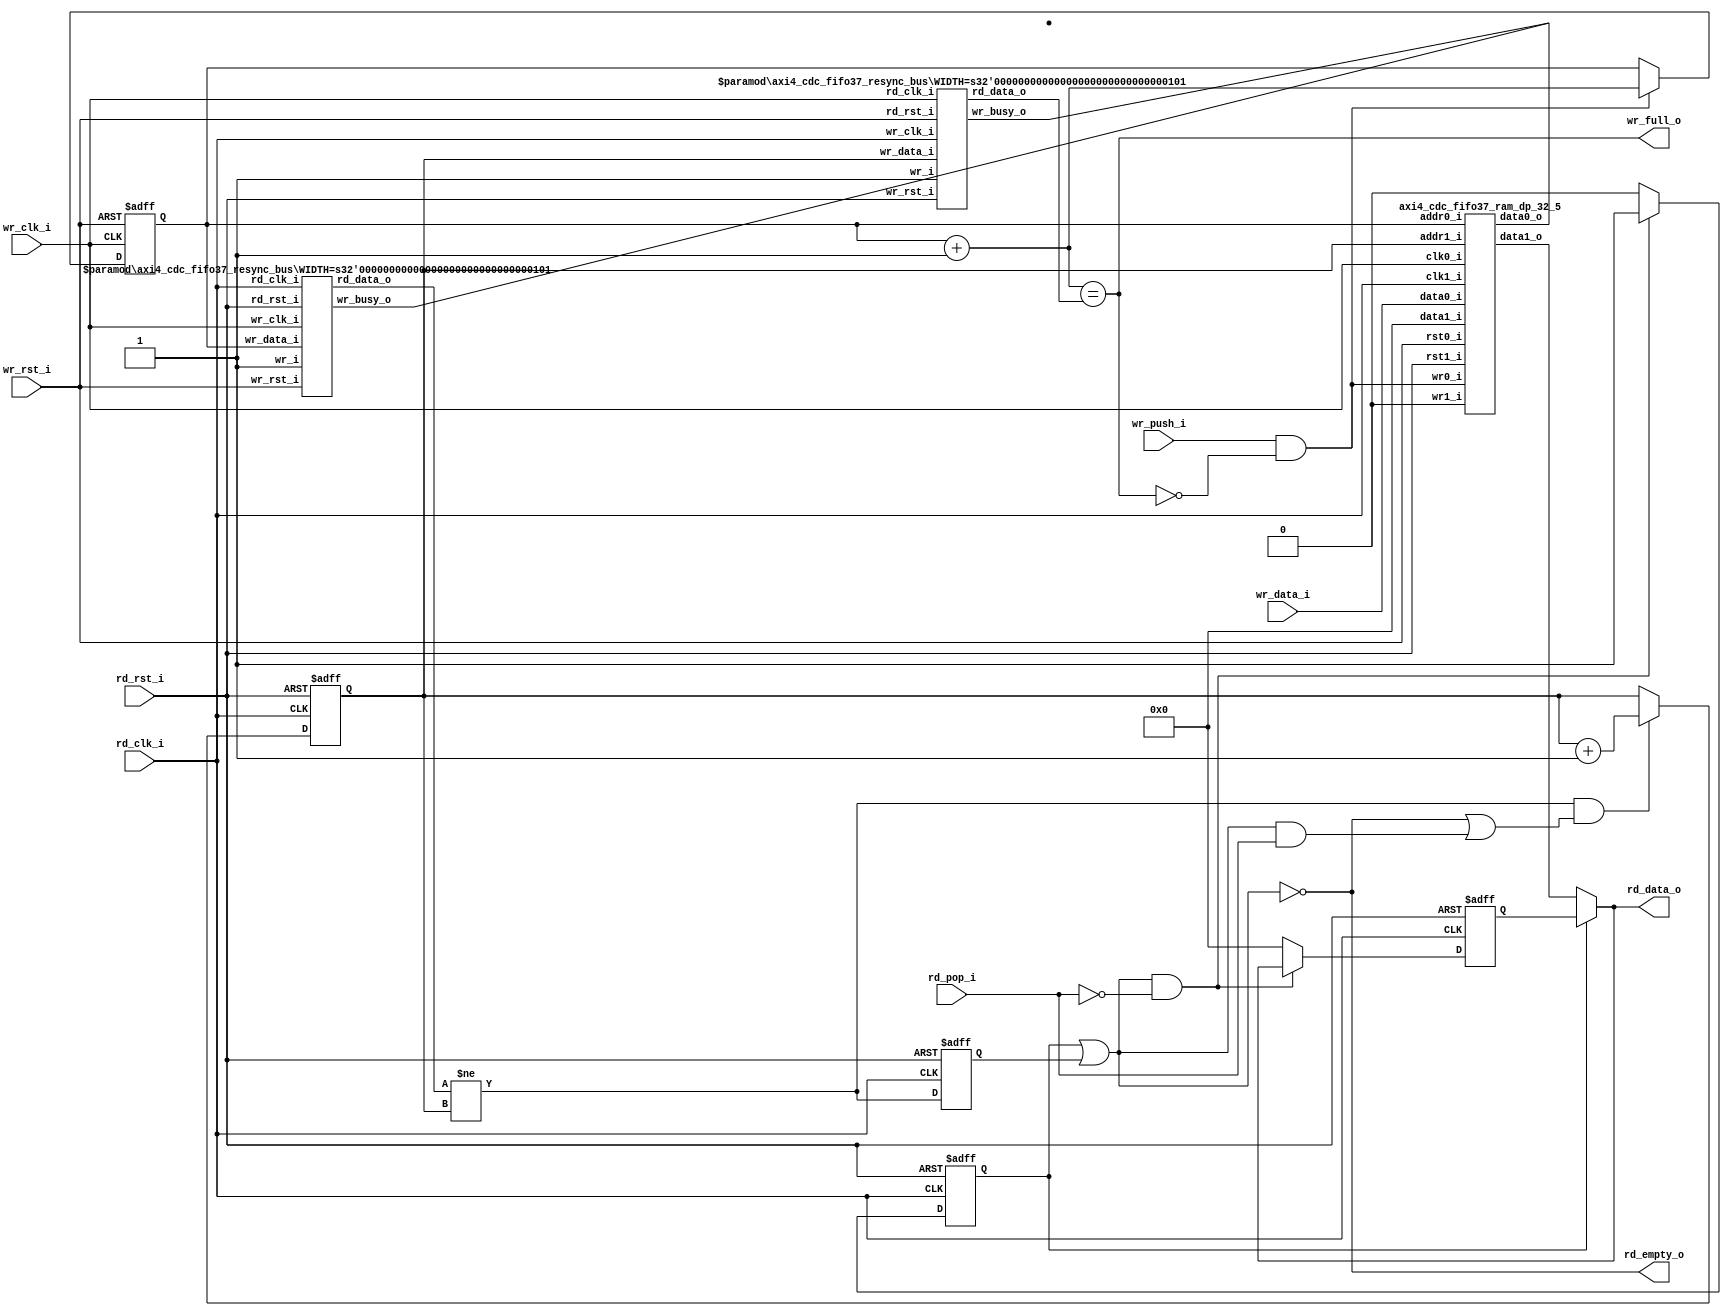
//-----------------------------------------------------------------
//                         open-logic-bit
//                            V0.1
//                        Copyright 2021
//              github.com/ultraembedded/openlogicbit
//
//                   admin@ultra-embedded.com
//
//                     License: Apache 2.0
//-----------------------------------------------------------------
// Copyright 2021 Ultra-Embedded.com
// 
// Licensed under the Apache License, Version 2.0 (the "License");
// you may not use this file except in compliance with the License.
// You may obtain a copy of the License at
// 
//     http://www.apache.org/licenses/LICENSE-2.0
// 
// Unless required by applicable law or agreed to in writing, software
// distributed under the License is distributed on an "AS IS" BASIS,
// WITHOUT WARRANTIES OR CONDITIONS OF ANY KIND, either express or implied.
// See the License for the specific language governing permissions and
// limitations under the License.
//-----------------------------------------------------------------
module axi4_cdc_fifo37
(
    // Inputs
     input           rd_clk_i
    ,input           rd_rst_i
    ,input           rd_pop_i
    ,input           wr_clk_i
    ,input           wr_rst_i
    ,input  [ 36:0]  wr_data_i
    ,input           wr_push_i

    // Outputs
    ,output [ 36:0]  rd_data_o
    ,output          rd_empty_o
    ,output          wr_full_o
);





//-----------------------------------------------------------------
// Registers
//-----------------------------------------------------------------
reg [4:0]       rd_ptr_q;
reg [4:0]       wr_ptr_q;

//-----------------------------------------------------------------
// Write
//-----------------------------------------------------------------
wire [4:0]      wr_ptr_next_w = wr_ptr_q + 5'd1;

always @ (posedge wr_clk_i or posedge wr_rst_i)
if (wr_rst_i)
    wr_ptr_q <= 5'b0;
else if (wr_push_i & ~wr_full_o)
    wr_ptr_q <= wr_ptr_next_w;

wire [4:0] wr_rd_ptr_w;

axi4_cdc_fifo37_resync_bus
#( .WIDTH(5))
u_resync_rd_ptr_q
(
    .wr_clk_i(rd_clk_i),
    .wr_rst_i(rd_rst_i),
    .wr_i(1'b1),
    .wr_data_i(rd_ptr_q),
    .wr_busy_o(),
    .rd_clk_i(wr_clk_i),
    .rd_rst_i(wr_rst_i),
    .rd_data_o(wr_rd_ptr_w) // Delayed version of rd_ptr_q
);

assign wr_full_o = (wr_ptr_next_w == wr_rd_ptr_w);

//-------------------------------------------------------------------
// Dual port RAM
//-------------------------------------------------------------------
wire [36:0] rd_data_w;

axi4_cdc_fifo37_ram_dp_32_5
u_ram
(
    // Inputs
    .clk0_i(wr_clk_i),
    .rst0_i(wr_rst_i),
    .clk1_i(rd_clk_i),
    .rst1_i(rd_rst_i),

    // Write side
    .addr0_i(wr_ptr_q),
    .wr0_i(wr_push_i & ~wr_full_o),
    .data0_i(wr_data_i),
    .data0_o(),

    // Read side
    .addr1_i(rd_ptr_q),
    .data1_i(37'b0),
    .wr1_i(1'b0),
    .data1_o(rd_data_w)
);

//-----------------------------------------------------------------
// Read
//-----------------------------------------------------------------
wire [4:0] rd_wr_ptr_w;

axi4_cdc_fifo37_resync_bus
#( .WIDTH(5))
u_resync_wr_ptr_q
(
    .wr_clk_i(wr_clk_i),
    .wr_rst_i(wr_rst_i),
    .wr_i(1'b1),
    .wr_data_i(wr_ptr_q),
    .wr_busy_o(),
    .rd_clk_i(rd_clk_i),
    .rd_rst_i(rd_rst_i),
    .rd_data_o(rd_wr_ptr_w) // Delayed version of wr_ptr_q
);

//-------------------------------------------------------------------
// Read Skid Buffer
//-------------------------------------------------------------------
reg                rd_skid_q;
reg [36:0] rd_skid_data_q;
reg                rd_q;

wire read_ok_w = (rd_wr_ptr_w != rd_ptr_q);
wire valid_w   = (rd_skid_q | rd_q);

always @ (posedge rd_clk_i or posedge rd_rst_i)
if (rd_rst_i)
begin
    rd_skid_q <= 1'b0;
    rd_skid_data_q <= 37'b0;
end
else if (valid_w && !rd_pop_i)
begin
    rd_skid_q      <= 1'b1;
    rd_skid_data_q <= rd_data_o;
end
else
begin
    rd_skid_q      <= 1'b0;
    rd_skid_data_q <= 37'b0;
end

assign rd_data_o = rd_skid_q ? rd_skid_data_q : rd_data_w;

//-----------------------------------------------------------------
// Read Pointer
//-----------------------------------------------------------------
always @ (posedge rd_clk_i or posedge rd_rst_i)
if (rd_rst_i)
    rd_q <= 1'b0;
else
    rd_q <= read_ok_w;

wire [4:0] rd_ptr_next_w = rd_ptr_q + 5'd1;

always @ (posedge rd_clk_i or posedge rd_rst_i)
if (rd_rst_i)
    rd_ptr_q <= 5'b0;
// Read address increment
else if (read_ok_w && ((!valid_w) || (valid_w && rd_pop_i)))
    rd_ptr_q <= rd_ptr_next_w;

assign rd_empty_o = !valid_w;

endmodule

//-------------------------------------------------------------------
// Dual port RAM
//-------------------------------------------------------------------
module axi4_cdc_fifo37_ram_dp_32_5
(
    // Inputs
     input           clk0_i
    ,input           rst0_i
    ,input  [ 4:0]  addr0_i
    ,input  [ 36:0]  data0_i
    ,input           wr0_i
    ,input           clk1_i
    ,input           rst1_i
    ,input  [ 4:0]  addr1_i
    ,input  [ 36:0]  data1_i
    ,input           wr1_i

    // Outputs
    ,output [ 36:0]  data0_o
    ,output [ 36:0]  data1_o
);

/* verilator lint_off MULTIDRIVEN */
reg [36:0]   ram [31:0] /*verilator public*/;
/* verilator lint_on MULTIDRIVEN */

reg [36:0] ram_read0_q;
reg [36:0] ram_read1_q;

// Synchronous write
always @ (posedge clk0_i)
begin
    if (wr0_i)
        ram[addr0_i] <= data0_i;

    ram_read0_q <= ram[addr0_i];
end

always @ (posedge clk1_i)
begin
    if (wr1_i)
        ram[addr1_i] <= data1_i;

    ram_read1_q <= ram[addr1_i];
end

assign data0_o = ram_read0_q;
assign data1_o = ram_read1_q;

endmodule 

module axi4_cdc_fifo37_resync_bus
//-----------------------------------------------------------------
// Params
//-----------------------------------------------------------------
#(
    parameter WIDTH     = 4
)
//-----------------------------------------------------------------
// Ports
//-----------------------------------------------------------------
(
    input              wr_clk_i,
    input              wr_rst_i,
    input              wr_i,
    input  [WIDTH-1:0] wr_data_i,
    output             wr_busy_o,

    input              rd_clk_i,
    input              rd_rst_i,
    output [WIDTH-1:0] rd_data_o
);

wire rd_toggle_w;
wire wr_toggle_w;

//-----------------------------------------------------------------
// Write
//-----------------------------------------------------------------
wire write_req_w = wr_i && !wr_busy_o;

// Write storage for domain crossing
(* ASYNC_REG = "TRUE" *) reg [WIDTH-1:0] wr_buffer_q;

always @ (posedge wr_clk_i or posedge wr_rst_i)
if (wr_rst_i)
    wr_buffer_q <= {(WIDTH){1'b0}};
else if (write_req_w)
    wr_buffer_q <= wr_data_i;

reg wr_toggle_q;
always @ (posedge wr_clk_i or posedge wr_rst_i)
if (wr_rst_i)
    wr_toggle_q <= 1'b0;
else if (write_req_w)
    wr_toggle_q <= ~wr_toggle_q;

reg wr_busy_q;
always @ (posedge wr_clk_i or posedge wr_rst_i)
if (wr_rst_i)
    wr_busy_q <= 1'b0;
else if (write_req_w)
    wr_busy_q <= 1'b1;
else if (wr_toggle_q == wr_toggle_w)
    wr_busy_q <= 1'b0;

assign wr_busy_o = wr_busy_q;

//-----------------------------------------------------------------
// Write -> Read request
//-----------------------------------------------------------------
axi4_cdc_fifo37_resync
u_sync_wr_toggle
(
    .clk_i(rd_clk_i),
    .rst_i(rd_rst_i),
    .async_i(wr_toggle_q),
    .sync_o(rd_toggle_w)
);

//-----------------------------------------------------------------
// Read
//-----------------------------------------------------------------
reg rd_toggle_q;
always @ (posedge rd_clk_i or posedge rd_rst_i)
if (rd_rst_i)
    rd_toggle_q <= 1'b0;
else
    rd_toggle_q <= rd_toggle_w;

// Read storage for domain crossing
(* ASYNC_REG = "TRUE" *) reg [WIDTH-1:0] rd_buffer_q;

always @ (posedge rd_clk_i or posedge rd_rst_i)
if (rd_rst_i)
    rd_buffer_q <= {(WIDTH){1'b0}};
else if (rd_toggle_q != rd_toggle_w)
    rd_buffer_q <= wr_buffer_q; // Capture from other domain

assign rd_data_o = rd_buffer_q;

//-----------------------------------------------------------------
// Read->Write response
//-----------------------------------------------------------------
axi4_cdc_fifo37_resync
u_sync_rd_toggle
(
    .clk_i(wr_clk_i),
    .rst_i(wr_rst_i),
    .async_i(rd_toggle_q),
    .sync_o(wr_toggle_w)
);

endmodule

module axi4_cdc_fifo37_resync
//-----------------------------------------------------------------
// Params
//-----------------------------------------------------------------
#(
    parameter RESET_VAL = 1'b0
)
//-----------------------------------------------------------------
// Ports
//-----------------------------------------------------------------
(
    input  clk_i,
    input  rst_i,
    input  async_i,
    output sync_o
);

(* ASYNC_REG = "TRUE" *) reg sync_ms;
(* ASYNC_REG = "TRUE" *) reg sync_q;

always @ (posedge clk_i or posedge rst_i)
if (rst_i)
begin
    sync_ms  <= RESET_VAL;
    sync_q   <= RESET_VAL;
end
else
begin
    sync_ms  <= async_i;
    sync_q   <= sync_ms;
end

assign sync_o = sync_q;


endmodule